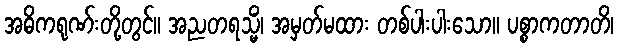
အဓိကရုဏ်းတို့တွင်။ အညတရသ္မိံ၊ အမှတ်မထား တစ်ပါးပါးသော။ ပစ္စာကတာတိ၊